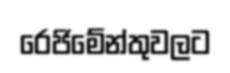
රෙජිමේන්තුවලට